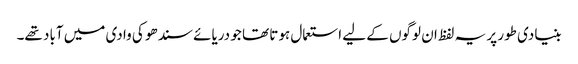
بنیادی طور پر یہ لفظ ان لوگوں کے لیے استعمال ہوتا تھا جو دریائے سندھو کی وادی میں آباد تھے۔